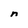
Character: n